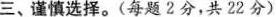
三、谨慎选择。(每题2分，共2 2分)